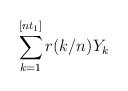
LaTeX: \begin{align*}\sum_{k=1}^{[nt_1]} r(k/n)Y_k\end{align*}